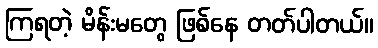
ကြရတဲ့ မိန်းမတွေ ဖြစ်နေ တတ်ပါတယ်။